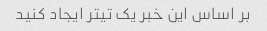
بر اساس این خبر یک تیتر ایجاد کنید